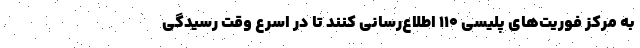
به مرکز فوریت‌های پلیسی ۱۱۰ اطلاع‌رسانی کنند تا در اسرع وقت رسیدگی